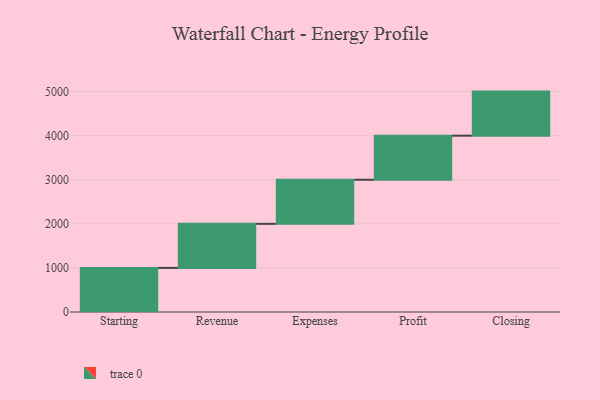
{"axis": {"x": "Step", "y": "Value"}, "legend": [""], "data": [{"x": "Starting", "y": 1000, "type": ""}, {"x": "Revenue", "y": 1000, "type": ""}, {"x": "Expenses", "y": 1000, "type": ""}, {"x": "Profit", "y": 1000, "type": ""}, {"x": "Closing", "y": 1000, "type": ""}]}